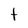
Character: t